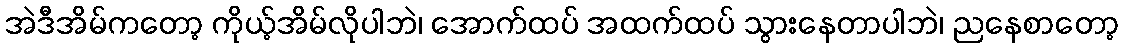
အဲဒီအိမ်ကတော့ ကိုယ့်အိမ်လိုပါဘဲ၊ အောက်ထပ် အထက်ထပ် သွားနေတာပါဘဲ၊ ညနေစာတော့